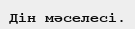
Дін мәселесі.